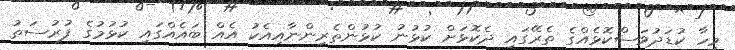
މިހާ ކުޑަދުވަސްކޮޅެއްގެ ތެރޭގައި ދެކޮޅަށް ކުޅުނު ކުޅުންތެރިންނާއިއެކު އެއް ބައެއްގައި ކުޅުމުގެ ފުރުސަތު